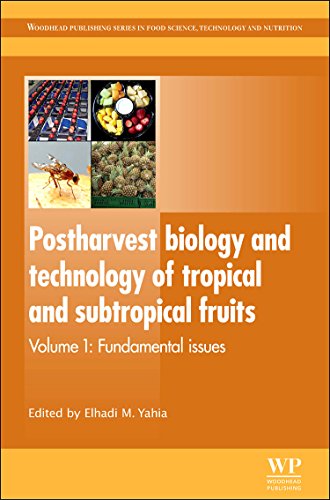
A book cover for Postharvest Biology and Technology of Tropical and Subtropical Fruits: Mangosteen to White Sapote (Woodhead Publishing Series in Food Science, Technology and Nutrition); Science & Math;